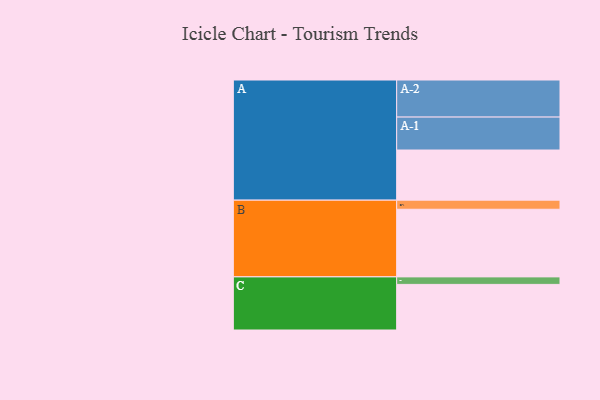
{"axis": {"x": "Segment", "y": "Value"}, "legend": ["", "A", "B", "C"], "data": [{"x": "A", "y": 353, "type": ""}, {"x": "B", "y": 476, "type": ""}, {"x": "C", "y": 321, "type": ""}, {"x": "A-1", "y": 232, "type": "A"}, {"x": "A-2", "y": 261, "type": "A"}, {"x": "B-1", "y": 64, "type": "B"}, {"x": "C-1", "y": 53, "type": "C"}]}